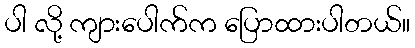
ပါ လို့ ကျားပေါက်က ပြောထားပါတယ်။